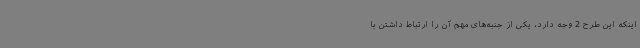
اینکه این طرح 2 وجه دارد، یکی از جنبه‌های مهم آن را ارتباط داشتن با